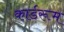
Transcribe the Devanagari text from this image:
कार्डरूम